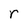
Character: r